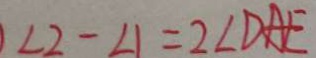
\angle 2 - \angle 1 = 2 \angle D A E